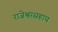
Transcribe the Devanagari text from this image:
राजेश्वरसहाय